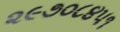
૨૯૭૦૮૪૫૧